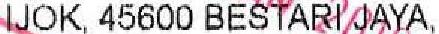
IJOK, 45600 BESTARI JAYA,